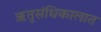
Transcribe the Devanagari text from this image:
ऋतुसंधिकालात